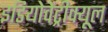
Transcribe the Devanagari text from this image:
इडियोवेंट्रीक्यूल